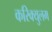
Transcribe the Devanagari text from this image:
करिक्युलम